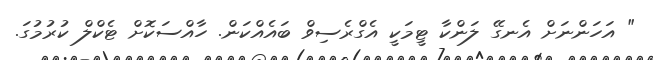
" އަހަންނަށް އެނގޭ ލަންކާ ޓީމަކީ އެގްރެސިވް ބައެއްކަން. ހާއްސަކޮށް ޓެކްލް ކުރުމުގަ.